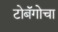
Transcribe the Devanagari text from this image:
टोबॅगोचा